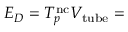
E _ { D } = T _ { p } ^ { \mathrm { n c } } V _ { \mathrm { t u b e } } =